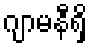
ဂျာမနီရှိ